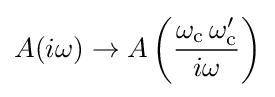
A(i\omega )\to A\left({\frac {\omega _{\text{c}}\,\omega _{\text{c}}'}{i\omega }}\right)